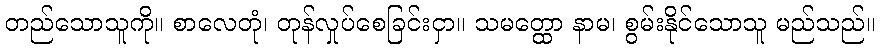
တည်သောသူကို။ စာလေတုံ၊ တုန်လှုပ်စေခြင်းငှာ။ သမတ္ထော နာမ၊ စွမ်းနိုင်သောသူ မည်သည်။